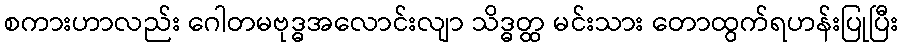
စကားဟာလည်း ဂေါတမဗုဒ္ဓအလောင်းလျာ သိဒ္ဓတ္ထ မင်းသား တောထွက်ရဟန်းပြုပြီး